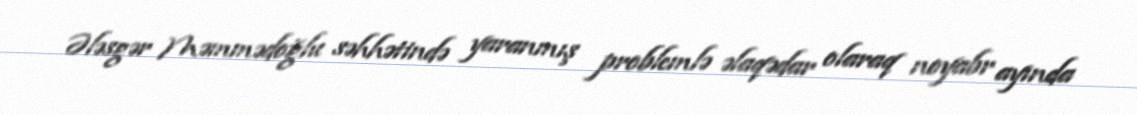
Ələsgər Məmmədoğlu səhhətində yaranmış problemlə əlaqədar olaraq noyabr ayında